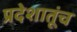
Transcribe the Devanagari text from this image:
प्रदेशातूंच